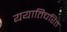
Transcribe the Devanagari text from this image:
ययातिचरित